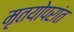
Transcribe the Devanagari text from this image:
मृतयोपरांत